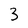
Character: 3